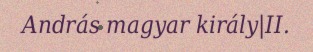
András magyar király|II.